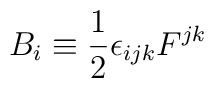
B_i \equiv \frac{1}{2} \epsilon_{ijk} F^{jk}